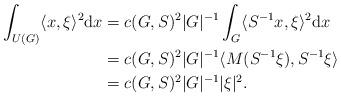
LaTeX: \begin{align*}\int_{U(G)}\langle x, \xi\rangle^2{\rm d}x&=c(G, S)^2|G|^{-1}\int_{G}\langle S^{-1}x, \xi\rangle^2{\rm d}x\\&=c(G, S)^2|G|^{-1}\langle M(S^{-1}\xi),S^{-1}\xi \rangle\\&=c(G, S)^2|G|^{-1}|\xi|^2.\end{align*}